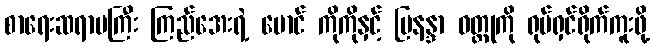
စာရေးဆရာမကြီး ကြည်အေးရဲ့ မောင် ကိုကိုနှင့် မြနန္ဒာ ဝတ္ထုကို ရုပ်ရှင်ရိုက်ကူးဖို့